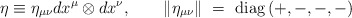
\begin{align*}\eta\equiv \eta_{\mu\nu}dx^\mu\otimes dx^\nu,\qquad\|\eta_{\mu\nu}\|~=~{\rm diag}\,(+,-,-,-)\end{align*}